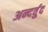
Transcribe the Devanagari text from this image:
अन्दर्वुद